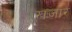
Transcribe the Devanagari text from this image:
ख़ज़ार